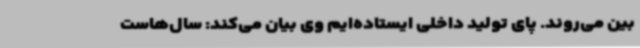
بین می‌روند. پای تولید داخلی ایستاده‌ایم وی بیان می‌کند: سال‌هاست